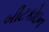
બીટકોઇન